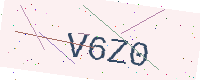
Text: V6Z0